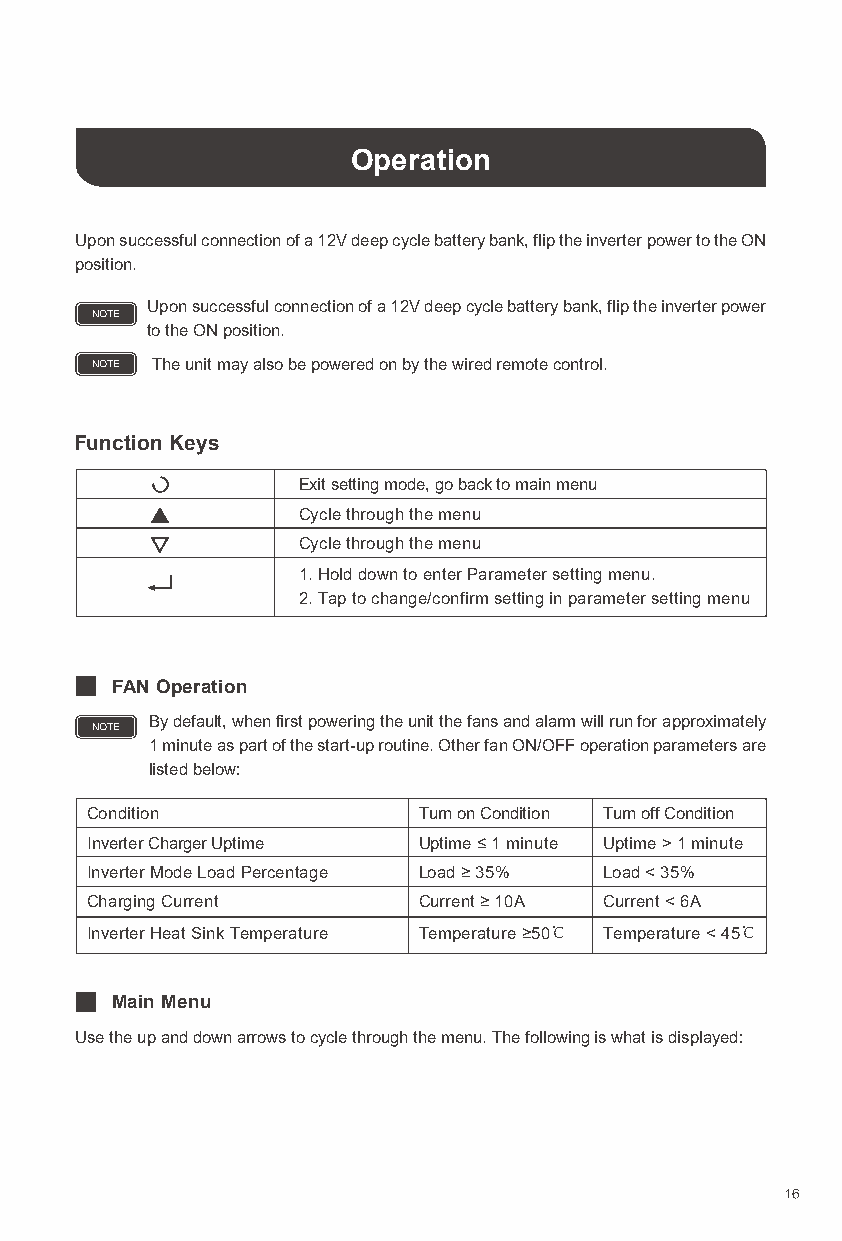
Operation
 Upon successful connection of a 12V deep cycle battery bank, flip the inverter power to the ON
 position.
 Upon successful connection of a 12V deep cycle battery bank, flip the inverter power
 NOTE
 to the ON position.
 NOTE The unit may also be powered on by the wired remote control.
 Function Keys
 Exit setting mode, go back to main menu
 Cycle through the menu
 Cycle through the menu
 1. Hold down to enter Parameter setting menu.
 2. Tap to change/confirm setting in parameter setting menu
 FAN Operation
 By default, when first powering the unit the fans and alarm will run for approximately
 NOTE
 1 minute as part of the start-up routine. Other fan ON/OFF operation parameters are
 listed below:
 Condition             Turn on Condition Turn off Condition
 Inverter Charger Uptime Uptime ≤ 1 minute Uptime > 1 minute
 Inverter Mode Load Percentage Load ≥ 35% Load < 35%
 Charging Current      Current ≥ 10A Current < 6A
 Inverter Heat Sink Temperature Temperature ≥50℃ Temperature < 45℃
 Main Menu
 Use the up and down arrows to cycle through the menu. The following is what is displayed:
 16